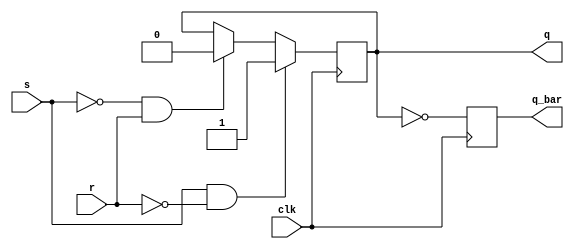
module sr_ff (
    input wire clk,
    input wire s,
    input wire r,
    output reg q,
    output reg q_bar
);

always @(posedge clk) begin
    if (s & ~r)
        q <= 1'b1;
    else if (~s & r)
        q <= 1'b0;
    else
        q <= q;
    
    q_bar <= ~q;
end

endmodule